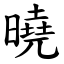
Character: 曉